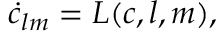
\dot { c } _ { l m } = L ( \boldsymbol c , l , m ) ,